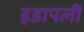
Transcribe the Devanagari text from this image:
इडापली